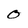
Character: 0